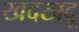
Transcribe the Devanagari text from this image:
खदखदू